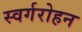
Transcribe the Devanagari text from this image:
स्वर्गरोहन